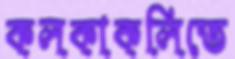
কলকাকলিতে